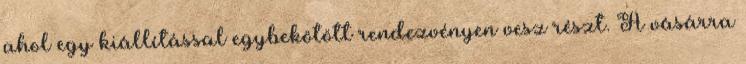
ahol egy kiállítással egybekötött rendezvényen vesz részt. A vásárra